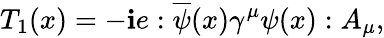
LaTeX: T_{1}(x)=-\mathbf{i}e:\overline{{{{\psi}}}}(x)\gamma^{\mu}\psi(x):A_{\mu},